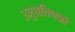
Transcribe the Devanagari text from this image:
उजुपतिपन्नो